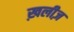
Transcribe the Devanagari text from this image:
ख़लीज़